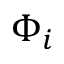
\Phi _ { i }